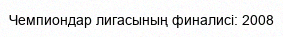
Чемпиондар лигасының финалисі: 2008